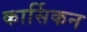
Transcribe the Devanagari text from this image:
कार्सिकन